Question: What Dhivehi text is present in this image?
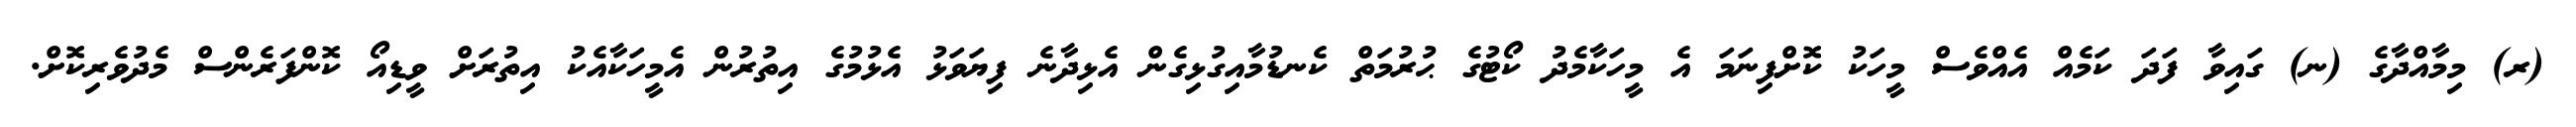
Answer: (ރ) މިމާއްދާގެ (ނ) ގައިވާ ފަދަ ކަމެއް އެއްވެސް މީހަކު ކޮށްފިނަމަ އެ މީހަކާމެދު ކޯޓުގެ ޙުރުމަތް ކެނޑުމާއިގުޅިގެން އެޅިދާނެ ފިޔަވަޅު އެޅުމުގެ އިތުރުން އެމީހަކާއެކު އިތުރަށް ވީޑިއޯ ކޮންފަރެންސް މެދުވެރިކޮށް.